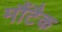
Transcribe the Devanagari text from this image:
मौंटैक